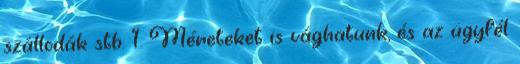
szállodák stb. 1. Méreteket is vághatunk, és az ügyfél